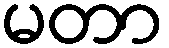
မတာ